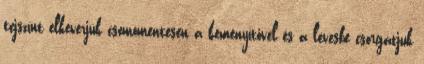
tejszínt elkeverjük csomómentesen a keményítővel és a levesbe csorgatjuk